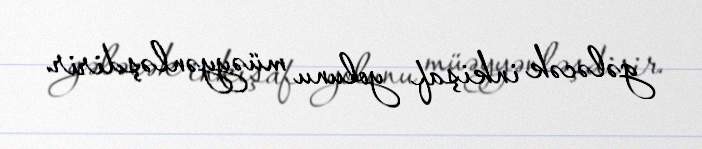
gələcək inkişaf yolunu müəyyənləşdirir.